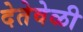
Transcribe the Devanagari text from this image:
देतेवेळी